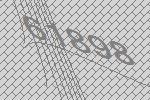
61898